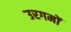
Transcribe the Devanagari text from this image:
उरगमों